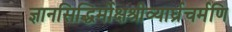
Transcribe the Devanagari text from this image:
ज्ञानसिद्धिर्मोक्षश्रीव्यार्घ्रचर्मणि